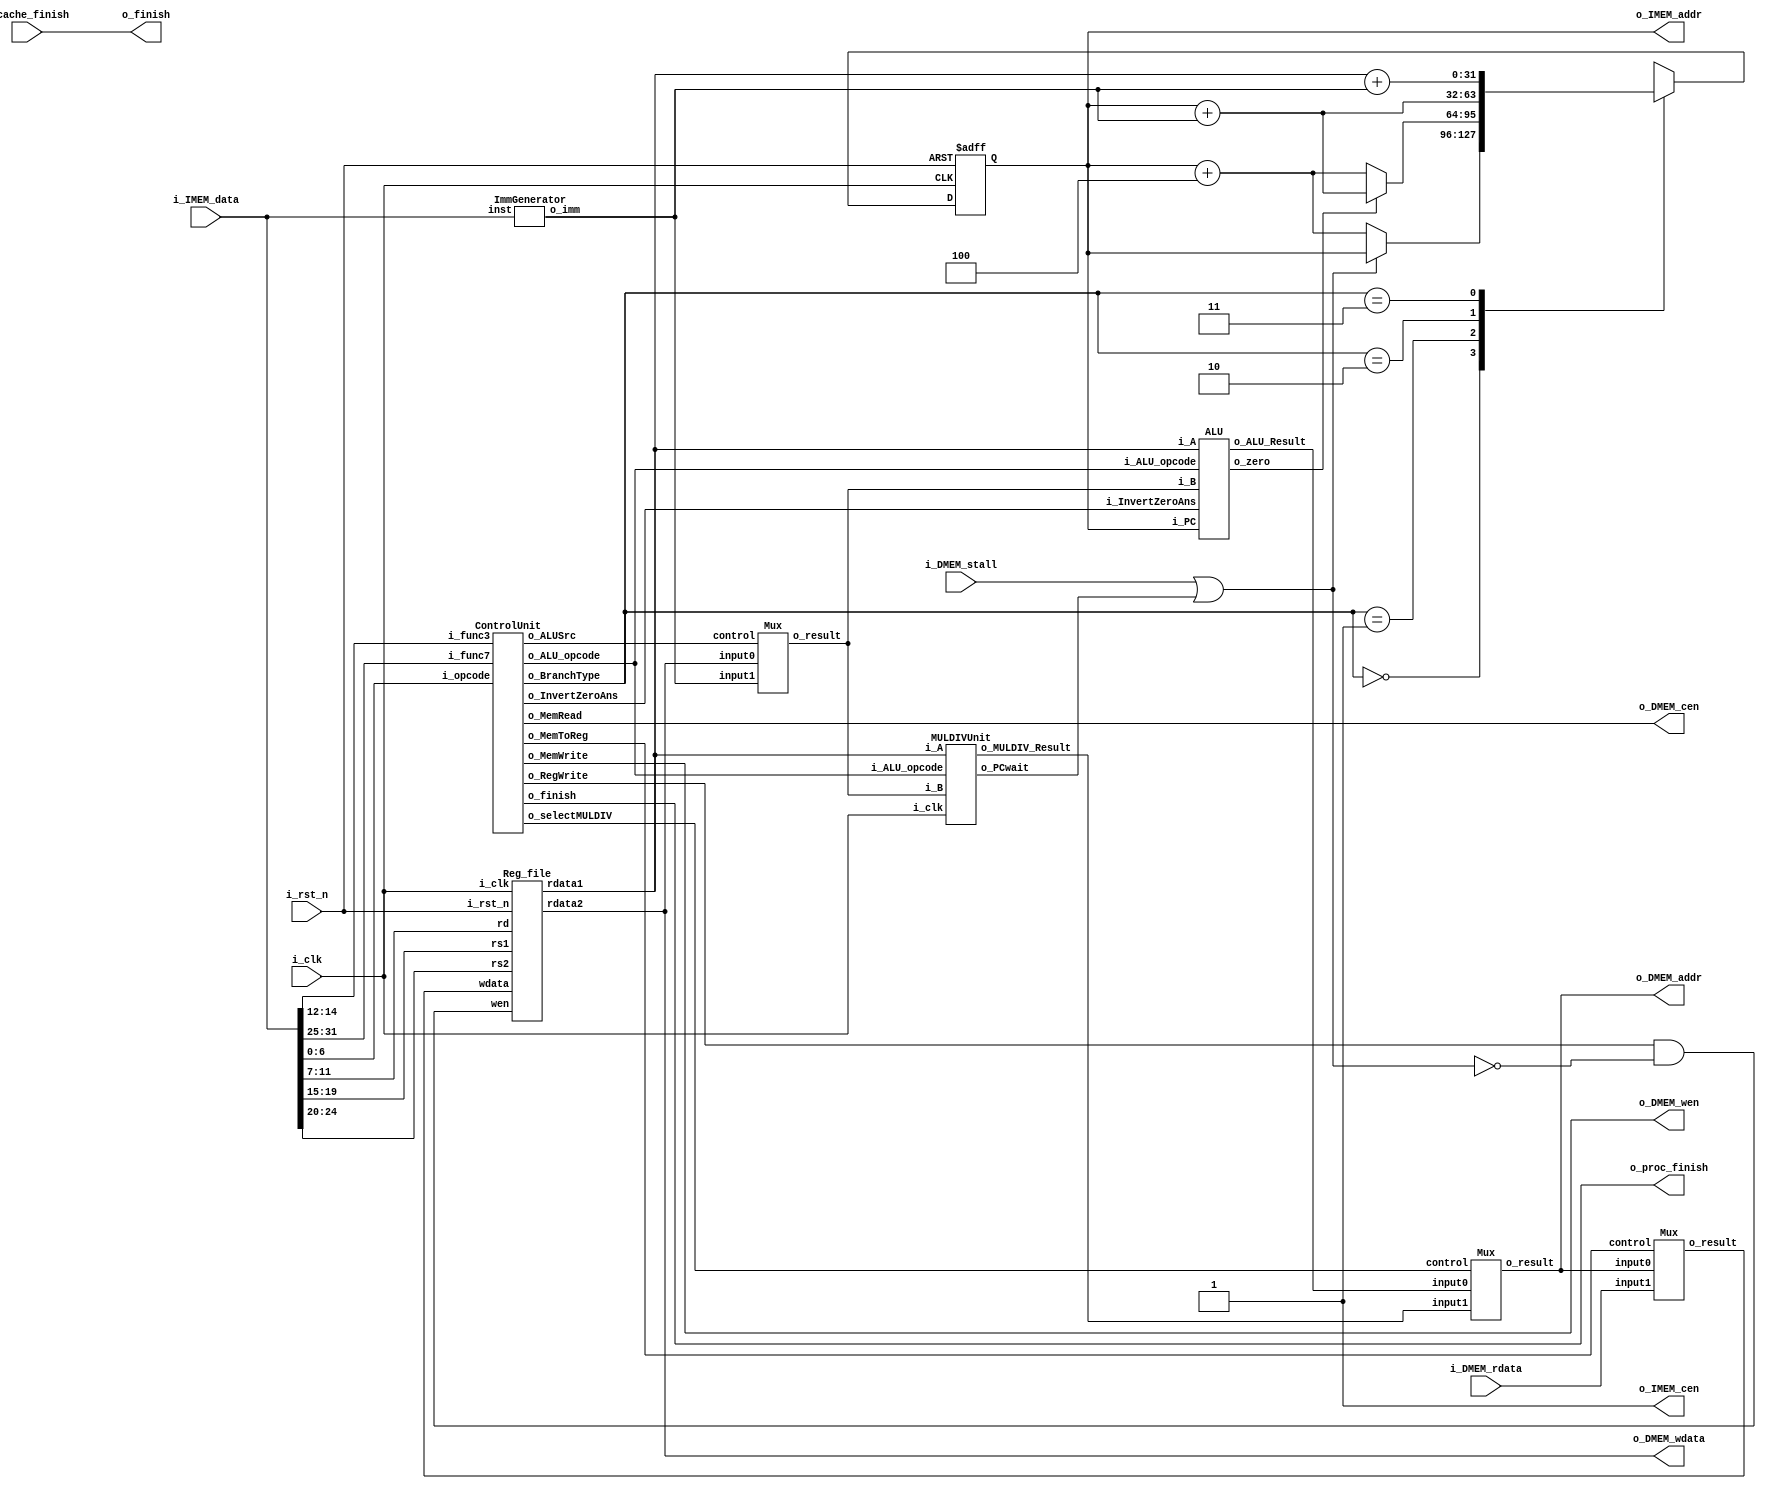
//----------------------------- DO NOT MODIFY THE I/O INTERFACE!! ------------------------------//
module CHIP #(                                                                                  //
    parameter BIT_W = 32                                                                        //
)(                                                                                              //
    // clock                                                                                    //
        input               i_clk,                                                              //
        input               i_rst_n,                                                            //
    // instruction memory                                                                       //
        input  [BIT_W-1:0]  i_IMEM_data,                                                        //
        output [BIT_W-1:0]  o_IMEM_addr,                                                        //
        output              o_IMEM_cen,                                                         //
    // data memory                                                                              //
        input               i_DMEM_stall,                                                       //
        input  [BIT_W-1:0]  i_DMEM_rdata,      //data memoy read                                //
        output              o_DMEM_cen,                                                         //
        output              o_DMEM_wen,                                                         //
        output [BIT_W-1:0]  o_DMEM_addr,                                                        //
        output [BIT_W-1:0]  o_DMEM_wdata,                                                       //
    // finnish procedure                                                                        //
        output              o_finish,                                                           //
    // cache                                                                                    //
        input               i_cache_finish,                                                     //
        output              o_proc_finish                                                       //
);                                                                                              //
//----------------------------- DO NOT MODIFY THE I/O INTERFACE!! ------------------------------//

// ------------------------------------------------------------------------------------------------------------------------------------------------------
// Parameters
// ------------------------------------------------------------------------------------------------------------------------------------------------------

    // TODO: any declaration
    //FSM that tell PC to stop
    parameter S_single_cycle= 2'd0;     //  1 cycle
    parameter S_write_mem = 2'd1;       //  5 cycles
    parameter S_read_mem = 2'd2;        //  9 cycles
    parameter S_mul = 2'd3;             // 32 cycles

// ------------------------------------------------------------------------------------------------------------------------------------------------------
// Wires and Registers
// ------------------------------------------------------------------------------------------------------------------------------------------------------
    
    // TODO: any declaration
    // PC
    reg [BIT_W-1:0] PC, PC_nxt;
    reg PCcontrol;

    wire mem_cen, mem_wen;
    wire [BIT_W-1:0] mem_addr, memwdata, memrdata;
    wire mem_stall;
    wire MemRead, MemWrite;
    wire [1:0] BranchType;
    wire MemToReg, ALUSrc;
    wire [3:0] ALU_opcode;

    // ALU inputs
    wire [31:0] rs1Data, rs2Data;
    wire [31:0] imm;
    wire [31:0] aluIn2;

    // ALU and MULDIV
    wire zero;
    wire InvertZeroAns;
    wire [31:0] ALU_Result;
    wire [BIT_W-1:0] MULDIV_Result;
    wire [BIT_W-1:0] result;
    wire selectMULDIV ;
    
    wire [31:0] wdata;
    wire RegWrite;
    

// ------------------------------------------------------------------------------------------------------------------------------------------------------
// Continuous Assignment
// ------------------------------------------------------------------------------------------------------------------------------------------------------

    // TODO: any wire assignment
    assign o_IMEM_addr = PC;
    assign o_IMEM_cen = 1;

// ------------------------------------------------------------------------------------------------------------------------------------------------------
// Submoddules
// ------------------------------------------------------------------------------------------------------------------------------------------------------

    // TODO: Reg_file wire connection
    Reg_file regFile(               
        .i_clk  (i_clk),             
        .i_rst_n(i_rst_n),         
        .wen    (RegWrite & ~PCcontrol),          
        .rs1    (i_IMEM_data[19:15]),                
        .rs2    (i_IMEM_data[24:20]),                 
        .rd     (i_IMEM_data[11:7]),                 
        .wdata  (wdata),             
        .rdata1 (rs1Data),           
        .rdata2 (rs2Data)
    );
    assign o_DMEM_wdata = rs2Data;

    // Imm Gen
    ImmGenerator immGen(
        .inst (i_IMEM_data[31:0]),
        .o_imm(imm[31:0])
    );

    // ALU input Mux
    Mux aluInputMux(
        .input0(rs2Data),
        .input1(imm),
        .control(ALUSrc),
        .o_result(aluIn2)
    );

    // Control Unit
    ControlUnit controlUnit(
        .i_opcode(i_IMEM_data[6:0]),
        .i_func7(i_IMEM_data[31:25]),
        .i_func3(i_IMEM_data[14:12]),
        .o_BranchType(BranchType),
        .o_InvertZeroAns(InvertZeroAns),
        .o_MemRead(MemRead),
        .o_MemToReg(MemToReg),
        .o_ALU_opcode(ALU_opcode),
        .o_selectMULDIV(selectMULDIV ),
        .o_MemWrite(MemWrite),
        .o_ALUSrc(ALUSrc),
        .o_RegWrite(RegWrite),
        .o_finish(o_proc_finish)
    );
    assign o_DMEM_cen = MemRead;
    assign o_DMEM_wen = MemWrite;
    assign o_finish = i_cache_finish;

    // ALU
    ALU alu(
        .i_PC(PC),
        .i_ALU_opcode(ALU_opcode),
        .i_A(rs1Data),
        .i_B(aluIn2),
        .i_InvertZeroAns(InvertZeroAns),
        .o_ALU_Result(ALU_Result),
        .o_zero(zero)
    );

    // MULDIV Unit
    MULDIVUnit mulDivUnit(
        .i_clk(i_clk),
        .i_ALU_opcode(ALU_opcode),
        .i_A(rs1Data),
        .i_B(aluIn2),
        .o_MULDIV_Result(MULDIV_Result),
        .o_PCwait(PCwait)
    );

    // Result Mux
    Mux resultMux(
        .input0(ALU_Result),
        .input1(MULDIV_Result),
        .control(selectMULDIV ),
        .o_result(result)
    );
    assign o_DMEM_addr = result;

    // WB Mux
    Mux wbMux(
        .input0(result),
        .input1(i_DMEM_rdata),
        .control(MemToReg),
        .o_result(wdata)
    );

// ------------------------------------------------------------------------------------------------------------------------------------------------------
// Always Blocks
// ------------------------------------------------------------------------------------------------------------------------------------------------------
    
    // Todo: any combinational/sequential circuit

    // PC control
    always @(*) begin
        PCcontrol = i_DMEM_stall | PCwait;
        case(BranchType)
            2'd0 : PC_nxt = PCcontrol ? PC : (PC + 4);      // no branch
            2'd1 : PC_nxt = zero ? (PC + imm) : (PC + 4);   // B-type
            2'd2 : PC_nxt = PC + imm;                       // Jal
            2'd3 : PC_nxt = rs1Data + imm;                  // Jalr
        endcase
    end

    // next PC
    always @(posedge i_clk or negedge i_rst_n) begin
        if (!i_rst_n)   PC <= 32'h00010000; // Do not modify this value!!!
        else            PC <= PC_nxt;
        // $display("PC           = %h", PC);
        // $display("i_IMEM[6:0]  = %d", i_IMEM_data[6:0]);

        // $display("rst_n        = %d", i_rst_n);
        // $display("RegWrite     = %b", RegWrite);
        // $display("~PCcontrol   = %b", ~PCcontrol);
        
        // $display("i_IMEM_data  = %d", i_IMEM_data[19:15]);

        // $display("rs1Data      = %d", rs1Data);
        // $display("aluIn2       = %d", aluIn2);
        // $display("ALUopcode    = %d", ALU_opcode);
        // $display("ALUResult    = %d", ALU_Result);

        // $display("result       = %d", result);
        // $display("i_DMEM_rdata = %h", i_DMEM_rdata);
        // $display("wbCTRL       = %b", MemToReg);
        // $display("write_data   = %d", wdata);
        
        // $display("i_IMEM_data  = %h", i_IMEM_data);
        // $display("\n");
    end
endmodule

module Reg_file(i_clk, i_rst_n, wen, rs1, rs2, rd, wdata, rdata1, rdata2);
   
    parameter BITS = 32;
    parameter word_depth = 32;
    parameter addr_width = 5; // 2^addr_width >= word_depth
    
    input i_clk, i_rst_n, wen; // wen: 0:read | 1:write
    input [BITS-1:0] wdata;
    input [addr_width-1:0] rs1, rs2, rd;

    output [BITS-1:0] rdata1, rdata2;

    reg [BITS-1:0] mem [0:word_depth-1];
    reg [BITS-1:0] mem_nxt [0:word_depth-1];

    integer i;

    assign rdata1 = mem[rs1];
    assign rdata2 = mem[rs2];

    always @(*) begin
        for (i=0; i<word_depth; i=i+1)
            mem_nxt[i] = (wen && (rd == i)) ? wdata : mem[i];
    end

    always @(posedge i_clk or negedge i_rst_n) begin
        if (!i_rst_n) begin
            mem[0] <= 0;
            for (i=1; i<word_depth; i=i+1) begin
                case(i)
                    32'd2: mem[i] <= 32'hbffffff0;
                    32'd3: mem[i] <= 32'h10008000;
                    default: mem[i] <= 32'h0;
                endcase
            end
        end
        else begin
            mem[0] <= 0;
            for (i=1; i<word_depth; i=i+1)
                mem[i] <= mem_nxt[i];
        end       
    end
endmodule

module ControlUnit #(
        parameter BIT_W  = 32,
        parameter INST_W = 7,
        parameter R_type = 7'b0110011,
        parameter I_type = 7'b0010011,
        parameter S_type = 7'b0100011,
        parameter B_type = 7'b1100011,
        parameter U_type = 7'b0010111,
        parameter Load   = 7'b0000011,
        parameter Jal    = 7'b1101111,
        parameter Jalr   = 7'b1100111,
        parameter Ecall  = 7'b1110011
    )(
        input [INST_W-1:0] i_opcode,
        input [6:0] i_func7,
        input [2:0] i_func3,
        output [1:0] o_BranchType,  // 1: BType, 2: Jal, 3: Jalr
        output o_InvertZeroAns,     // InvertZeroAns : beq = 0, bne = 1; blt = 0, bge = 1; ALU only support beq and blt
        output o_MemRead,           // To Data Memory
        output o_MemToReg,          // To WB Mux
        output [3:0] o_ALU_opcode,  // To ALU Control Unit
        output o_selectMULDIV,      // To MULDIV Unit
        output o_MemWrite,          // To Data Memory
        output o_ALUSrc,            // To Rs2 and Imm selection Mux
        output o_RegWrite,          // To Registers
        output o_finish             // Program Finish
    );
    // regs declaration and assign to outputs
        reg [1:0] BranchType;
        assign o_BranchType = BranchType;

        reg InvertZeroAns;
        assign o_InvertZeroAns = InvertZeroAns;

        reg MemRead;
        assign o_MemRead = MemRead;

        reg MemToReg;
        assign o_MemToReg = MemToReg;

        reg [3:0] ALU_opcode;
        assign o_ALU_opcode = ALU_opcode;

        reg selectMULDIV ;
        assign o_selectMULDIV = selectMULDIV ;

        reg MemWrite;
        assign o_MemWrite = MemWrite;

        reg ALUSrc;
        assign o_ALUSrc = ALUSrc;

        reg RegWrite;
        assign o_RegWrite = RegWrite;

        reg finish;
        assign o_finish = finish;

    always @(*) begin
        case(i_opcode)
            R_type  : begin
                BranchType      = 2'd0;
                InvertZeroAns   = 1'b0;
                MemRead         = 1'b0; 
                MemToReg        = 1'b0;
                case(i_func7)
                    7'b0000000 : begin
                        case(i_func3)
                            3'b000 : ALU_opcode = 4'd0;  // add
                            3'b111 : ALU_opcode = 4'd2;  // and 
                            3'b110 : ALU_opcode = 4'd3;  // or
                            3'b100 : ALU_opcode = 4'd8;  // xor
                            default: ALU_opcode = 4'd15; // ALU does nothing
                        endcase
                    end
                    7'b0100000 : begin
                        case(i_func3)
                            3'b000 : ALU_opcode = 4'd1;  // sub
                            default: ALU_opcode = 4'd15; // ALU does nothing
                        endcase
                    end
                    7'b0000001 : begin
                        case (i_func3)
                            3'b000 :  ALU_opcode = 4'd6; // mul
                            3'b100 :  ALU_opcode = 4'd7; // div
                            default: ALU_opcode = 4'd15; // ALU does nothing
                        endcase
                    end
                    default : ALU_opcode = 4'd15;        // ALU does nothing
                endcase
                case(i_func7)
                    7'b0000001 : selectMULDIV  = 1'b1;   // mul or div
                    default    : selectMULDIV  = 1'b0;   // MULDIV unit does nothing
                endcase
                MemWrite        = 1'b0;
                ALUSrc          = 1'b0;
                RegWrite        = 1'b1;
                finish          = 1'b0;
            end
            I_type  : begin
                BranchType      = 2'd0;
                InvertZeroAns   = 1'b0;
                MemRead         = 1'b0; 
                MemToReg        = 1'b0;
                case(i_func3)
                    3'b000  : ALU_opcode = 4'd0;                // addi => add
                    3'b010  : ALU_opcode = 4'd4;                // slti => slt
                    3'b101  : begin
                        case(i_func7)
                            7'b0100000 : ALU_opcode = 4'd5;     // srai => sra
                            default    : ALU_opcode = 4'd15;    // ALU does nothing
                        endcase
                    end
                    3'b001  : begin
                        case(i_func7)
                            7'b0000000 : ALU_opcode = 4'd9;     // slli => ALU sll
                            default    : ALU_opcode = 4'd15;    // ALU does nothing
                        endcase
                    end
                    default : ALU_opcode = 4'd15;               // ALU does nothing
                endcase
                selectMULDIV    = 1'b0;
                MemWrite        = 1'b0;
                ALUSrc          = 1'b1;
                RegWrite        = 1'b1;
                finish          = 1'b0;
            end
            S_type  : begin
                BranchType      = 2'd0;
                InvertZeroAns   = 1'b0;
                MemRead         = 1'b1; 
                MemToReg        = 1'b0;
                case(i_func3)
                    3'b010  : ALU_opcode = 4'd0;  // add
                    default : ALU_opcode = 4'd15; // ALU does nothing
                endcase
                selectMULDIV    = 1'b0;
                MemWrite        = 1'b1;
                ALUSrc          = 1'b1;
                RegWrite        = 1'b0;
                finish          = 1'b0;
            end
            B_type  : begin
                BranchType      = 2'd1;
                case(i_func3)
                    3'b000  : InvertZeroAns = 1'b0; // beq (ALU support sub, if subAns==0, then it is equal)
                    3'b001  : InvertZeroAns = 1'b1; // bne (ALU does not support, invert the answer of beq)
                    3'b100  : InvertZeroAns = 1'b0; // blt (ALU support slt, if sltAns==1, then it is equal)
                    3'b101  : InvertZeroAns = 1'b1; // bge (ALU does not support, invert the answer of blt)
                    default : InvertZeroAns = 1'b0;
                endcase
                MemRead         = 1'b0; 
                MemToReg        = 1'b0;
                case(i_func3)
                    3'b000  : ALU_opcode = 4'd1;  // sub
                    3'b001  : ALU_opcode = 4'd1;  // sub
                    3'b100  : ALU_opcode = 4'd4;  // slt
                    3'b101  : ALU_opcode = 4'd4;  // slt
                    default : ALU_opcode = 4'd15; // ALU does nothing
                endcase
                selectMULDIV    = 1'b0;
                MemWrite        = 1'b0;
                ALUSrc          = 1'b0;
                RegWrite        = 1'b0;
                finish          = 1'b0;
            end
            Load    : begin
                BranchType      = 2'd0;
                InvertZeroAns   = 1'b0;
                MemRead         = 1'b1; 
                MemToReg        = 1'b1;
                case(i_func3)
                    3'b010  : ALU_opcode = 4'd0;  // add
                    default : ALU_opcode = 4'd15; // ALU does nothing
                endcase
                selectMULDIV    = 1'b0;
                MemWrite        = 1'b0;
                ALUSrc          = 1'b1;
                RegWrite        = 1'b1;
                finish          = 1'b0;
            end
            U_type  : begin
                BranchType      = 2'd0;
                InvertZeroAns   = 1'b0;
                MemRead         = 1'b0; 
                MemToReg        = 1'b0;
                ALU_opcode      = 4'd10;
                selectMULDIV    = 1'b0;
                MemWrite        = 1'b0;
                ALUSrc          = 1'b1;
                RegWrite        = 1'b1;
                finish          = 1'b0;
            end
            Jal     : begin
                BranchType      = 2'd2;
                InvertZeroAns   = 1'b0;
                MemRead         = 1'b0; 
                MemToReg        = 1'b0;
                ALU_opcode      = 4'd11;
                selectMULDIV    = 1'b0;
                MemWrite        = 1'b0;
                ALUSrc          = 1'b1;
                RegWrite        = 1'b1;
                finish          = 1'b0;
            end
            Jalr    : begin
                BranchType      = 2'd3;
                InvertZeroAns   = 1'b0;
                MemRead         = 1'b0; 
                MemToReg        = 1'b0;
                ALU_opcode      = 4'd12;
                selectMULDIV    = 1'b0;
                MemWrite        = 1'b0;
                ALUSrc          = 1'b1;
                RegWrite        = 1'b1;
                finish          = 1'b0;
            end
            Ecall   : begin
                BranchType      = 2'd0;
                InvertZeroAns   = 1'b0;
                MemRead         = 1'b0; 
                MemToReg        = 1'b0;
                ALU_opcode      = 4'd13; // ALU stops
                selectMULDIV    = 1'b0;
                MemWrite        = 1'b0;
                ALUSrc          = 1'b0;
                RegWrite        = 1'b0;
                finish          = 1'b1;
            end
            default : begin
                BranchType      = 2'd0;
                InvertZeroAns   = 1'b0;
                MemRead         = 1'b0; 
                MemToReg        = 1'b0;
                ALU_opcode      = 4'd15; // ALU does nothing
                selectMULDIV    = 1'b0;
                MemWrite        = 1'b0;
                ALUSrc          = 1'b0;
                RegWrite        = 1'b0;
                finish          = 1'b0;
            end
        endcase
    end
endmodule

module ALU #(
        parameter ADD    = 4'd0,
        parameter SUB    = 4'd1,
        parameter AND    = 4'd2,
        parameter OR     = 4'd3,
        parameter SLT    = 4'd4,
        parameter SRA    = 4'd5,
        parameter XOR    = 4'd8,
        parameter SLL    = 4'd9,
        parameter AUIPC  = 4'd10,
        parameter JAL    = 4'd11,
        parameter JALR   = 4'd12,
        parameter ECALL  = 4'd13,
        parameter DATA_W = 32
    )(
        input [DATA_W-1:0] i_PC,            // PC
        input [3:0] i_ALU_opcode,           // ALU opcode from Control unit
        input [DATA_W-1:0] i_A,             // input data A
        input [DATA_W-1:0] i_B,             // input data B
        input i_InvertZeroAns,              // InvertZeroAns : beq = 0, bne = 1; blt = 0, bge = 1; ALU only support beq and blt
        output [DATA_W-1:0] o_ALU_Result,   // output ALU result
        output o_zero                       // zero to pc control (branch)
    );

    // input and output handling
        reg [DATA_W-1:0] PC;
        reg [3:0] ALU_opcode;
        reg [DATA_W-1:0] operand_a;
        reg [DATA_W-1:0] operand_b;
        reg InvertZeroAns;
        
        always @(*) begin
            PC = i_PC;
            ALU_opcode = i_ALU_opcode;
            operand_a = i_A;
            operand_b = i_B;
            InvertZeroAns = i_InvertZeroAns;
        end

        reg [DATA_W-1:0] result;
        assign o_ALU_Result = result;

        reg zero;
        assign o_zero = zero;

        reg [DATA_W-1:0] temp;

    always @(*) begin
        temp = 0;
        case(ALU_opcode)
            ADD     : begin
                zero = 0;
                result = operand_a + operand_b;
            end
            SUB     : begin
                result = operand_a - operand_b;
                zero = InvertZeroAns ? (result[DATA_W-1:0] != 0) : (result[DATA_W-1:0] == 0);
            end
            AND     : begin
                zero = 0;
                result = operand_a & operand_b;
            end
            OR      : begin
                zero = 0;
                result = operand_a | operand_b;
            end
            SLT     : begin
                temp[DATA_W-1:0] = operand_a[DATA_W-1:0] - operand_b[DATA_W-1:0];
                result = temp[DATA_W-1];
                zero = InvertZeroAns ? (!result[0]) : (result[0]);
            end
            SRA     : begin
                zero = 0;
                result = $signed(operand_a) >>> operand_b;
            end
            XOR     : begin
                zero = 0;
                result = operand_a ^ operand_b;
            end
            SLL     : begin
                zero = 0;
                result = operand_a << operand_b;
            end
            AUIPC   : begin
                zero = 0;
                result = PC + operand_b;
            end
            JAL     : begin
                zero = 0;
                result = PC + 4;
            end
            JALR    : begin
                zero = 0;
                result = PC + 4;
            end
            ECALL   : begin
                zero = 0;
                result = 0;
            end
            default : begin
                zero = 0;
                result = 0;
            end
        endcase
    end  
endmodule

module ImmGenerator#(
        parameter BIT_W  = 32,
        parameter R_type = 7'b0110011,
        parameter I_type = 7'b0010011,
        parameter S_type = 7'b0100011,
        parameter B_type = 7'b1100011,
        parameter Load   = 7'b0000011,
        parameter U_type = 7'b0010111,
        parameter Jal    = 7'b1101111,
        parameter Jalr   = 7'b1100111,
        parameter Ecall  = 7'b1110011
    )(
        input  [31:0]  inst,
        output [31:0]  o_imm
    );
    reg [31:0] imm;
    assign o_imm = imm;

    always@(*)begin
        imm[31:0] = 0;
        case(inst[6:0])
            I_type  : begin
                case (inst[14:12])
                    3'b001  : begin
                        imm[4:0] = inst[24:20];
                        if(inst[24])    imm[31:5] = 27'b111_1111_1111_1111_1111_1111_1111;
                        else            imm[31:5] = 0;
                    end 
                    3'b101  : begin
                        imm[4:0] = inst[24:20];
                        if(inst[24])    imm[31:5] = 27'b111_1111_1111_1111_1111_1111_1111;
                        else            imm[31:5] = 0;
                    end
                    default : begin
                        imm[11:0] = inst[31:20];
                        if(inst[31])    imm[31:12] = 20'b1111_1111_1111_1111_1111;
                        else            imm[31:12] = 0;
                    end
                endcase
            end
            S_type  : begin
                imm[4:0] = inst[11:7];
                imm[11:5] = inst[31:25];
                if(inst[31])    imm[31:12] = 20'b1111_1111_1111_1111_1111;
                else            imm[31:12] = 0;
            end
            B_type  : begin
                imm[4:1] = inst[11:8];
                imm[11] = inst[7];
                imm[10:5] = inst[30:25];
                imm[12] = inst[31];
                if (inst[31])   imm[31:13] = 19'b111_1111_1111_1111_1111;
                else            imm[31:13] = 0;
            end
            U_type  : begin
                imm[31:12] = inst[31:12];
                imm[11:0] = 0;
            end
            Jal     : begin
                imm[0] = 0;
                imm[20] = inst[31];
                imm[10:1] = inst[30:21];
                imm[11] = inst[20];
                imm[19:12] = inst[19:12];
                if (inst[31])   imm[31:21] = 11'b111_1111_1111;
                else            imm[31:21] = 0;
            end
            Jalr    : begin
                imm[11:0 ] = inst[31:20];
                if (inst[31])   imm[31:12] = 20'b1111_1111_1111_1111_1111;
                else            imm[31:12] = 0;
            end
            Load    : begin
                imm[11:0] = inst[31:20];
                if(inst[31])    imm[31:12] = 20'b1111_1111_1111_1111_1111;
                else            imm[31:12] = 0;
            end
            Ecall   : imm[31:0] = 0;
            default : imm[31:0] = 0;
        endcase
    end
endmodule

module Mux(
    input [31:0] input0,
    input [31:0] input1,
    input control,
    output [31:0] o_result
    );
    reg [31:0] result;
    assign o_result = result;

    always @(*) begin
        if(control)  result = input1;
        else         result = input0;
    end
endmodule

module MULDIVUnit#(
        parameter MUL    = 4'd6,
        parameter DIV    = 4'd7,
        parameter DATA_W = 32
    )(
    // TODO: port declaration
    input                       i_clk,          // clock
    input [         3 : 0]      i_ALU_opcode,   // instruction
    input [DATA_W - 1 : 0]      i_A,            // input operand A
    input [DATA_W - 1 : 0]      i_B,            // input operand B
    
    output [DATA_W - 1 : 0]   o_MULDIV_Result,  // output value
    output o_PCwait                             // told pc to wait
    );

    reg  [5:0] counter, counter_nxt;
    reg  [DATA_W-1: 0] operand_a, operand_a_nxt;
    reg  [DATA_W-1: 0] operand_b, operand_b_nxt;
    reg  [2*DATA_W-1: 0] out, out_nxt;
    reg  temp;
    reg  [DATA_W-1: 0] temp1,temp2;
    reg  muldiv_on;
    reg  stall;
    reg  PCwait;

    assign o_MULDIV_Result = out_nxt[DATA_W - 1 : 0];
    assign o_PCwait = PCwait;

    // calculation part
    always @(*) begin
        operand_a_nxt = i_A;
        operand_b_nxt = i_B;
        muldiv_on = (i_ALU_opcode == MUL) || (i_ALU_opcode == DIV);
        case(i_ALU_opcode)
            MUL : begin
                if (counter == 0) begin 
                    if(!i_A[0]) out_nxt = {33'b0, i_A[31:1]};
                    else        out_nxt = {1'b0, i_B[31:0], i_A[31:1]}; 
                end
                else begin
                    if (!out[0]) out_nxt = out >> 1;
                    else begin
                        out_nxt = out >> 1;
                        out_nxt[63:31] = operand_b + out[63:32];
                    end
                end
            end
            DIV : begin
                if (counter == 0) begin
                    if (i_A[31] >= i_B) out_nxt = {31'b0, i_A[30:0], 2'b01};
                    else                out_nxt = {30'b0, i_A, 2'b0};
                end
                else if (counter < 31) begin
                    if (out[63:32] >= operand_b) begin
                        {temp, out_nxt[63:33]} = out[63:32] - operand_b;
                        out_nxt[32:0] = {out[31:0], 1'b1};
                    end
                    else out_nxt = {out[62:0], 1'b0};
                end
                else begin
                    if (out[63:32] >= operand_b) begin
                        out_nxt[63:32] = out[63:32] - operand_b;
                        out_nxt[31:0] = {out[30:0], 1'b1};
                    end
                    else out_nxt = {out[63:32], out[30:0], 1'b0};
                end
            end
            default : out_nxt = 0;
        endcase
    end

    // counter part
    always @(*) begin
        if (counter < 31 && muldiv_on) begin
            counter_nxt = counter + 1;
            PCwait = 1;
        end
        else begin
            counter_nxt = 0;
            PCwait = 0;
        end
    end

    // sequential part
    always @(posedge i_clk) begin
        if (!muldiv_on) begin
            operand_a   <= 0;
            operand_b   <= 0;
            counter     <= 0;
            out         <= 0;
        end
        else begin
            operand_a   <= operand_a_nxt;
            operand_b   <= operand_b_nxt;
            counter     <= counter_nxt;
            out         <= out_nxt;
        end
    end
endmodule

module Cache#(
        parameter BIT_W = 32,
        parameter ADDR_W = 32
    )(
        input i_clk,
        input i_rst_n,
        // processor interface
            input i_proc_cen,
            input i_proc_wen,
            input [ADDR_W-1:0] i_proc_addr,
            input [BIT_W-1:0]  i_proc_wdata,
            output [BIT_W-1:0] o_proc_rdata,
            output o_proc_stall,
            input i_proc_finish,
            output o_cache_finish,
        // memory interface
            output o_mem_cen,
            output o_mem_wen,
            output [ADDR_W-1:0] o_mem_addr,
            output [BIT_W*4-1:0]  o_mem_wdata,
            input [BIT_W*4-1:0] i_mem_rdata,
            input i_mem_stall,
            output o_cache_available,
        //others
            input  [ADDR_W-1: 0] i_offset
    );

    // change this value to 1 if the cache is implemented
    // remember to change the finish signal output of the control unit
    assign o_cache_available = 1; 

    // //------------------------------------------//
    // //          default connection              //
    // assign o_mem_cen = i_proc_cen;              //
    // assign o_mem_wen = i_proc_wen;              //
    // assign o_mem_addr = i_proc_addr;            //
    // assign o_mem_wdata = i_proc_wdata;          //
    // assign o_proc_rdata = i_mem_rdata[0+:BIT_W];//
    // assign o_proc_stall = i_mem_stall;          //
    // //------------------------------------------//

    // Todo: BONUS
        // parameters:
            parameter S_IDLE       = 3'd0;
            parameter S_FIND       = 3'd1;
            parameter S_WB         = 3'd2;
            parameter S_ALLO       = 3'd3;
            parameter S_FINISH     = 3'd4;
            parameter block_number = 16;

        // regs
            reg [2:0] state, state_nxt;
            reg mem_cen, mem_wen;
            reg cen, cen_nxt;
            reg wen, wen_nxt;
            reg proc_stall;
            reg [4*BIT_W-1:0] data [0:block_number-1], data_nxt [0:block_number-1];
            reg [23:0] tag [0:block_number-1], tag_nxt[0:block_number-1];//i_addr[31:8]
            reg valid [0:block_number-1], valid_nxt[0:block_number-1];
            reg dirty [0:block_number-1], dirty_nxt[0:block_number-1];
            reg [3:0] index, index_nxt;
            reg [1:0] offset, offset_nxt;
            reg [3:0] counter;
            reg finish;
            reg hit;
            reg [ADDR_W-1:0] proc_addr, real_addr;

        //wire assignment
            assign o_mem_cen   = mem_cen;
            assign o_mem_wen   = mem_wen;
            assign o_mem_addr  = proc_addr + i_offset;
            assign o_mem_wdata = data[index];

            assign o_proc_stall   = proc_stall;
            assign o_proc_rdata   = data[index][ADDR_W*offset +: ADDR_W];
            assign o_cache_finish = finish;

            integer i;

        // 
            always @(*) begin
                real_addr = i_proc_addr - i_offset;
                if (state == S_FINISH) begin
                    index = counter;
                    offset = 0;
                    proc_addr = {tag[index], index, offset, 2'b00};
                end
                else if (state == S_WB) begin
                    index = real_addr[7:4];
                    offset = 0;
                    proc_addr = {tag[index], index, offset, 2'b00};
                end
                else begin 
                    proc_addr = real_addr;
                    index = proc_addr[7:4];
                    offset = proc_addr[3:2];
                end
                hit = (tag[index] == proc_addr[31:8]) & valid[index];
            end

        // state_nxt / state relations
            always @(*) begin
                case(state)
                    S_IDLE   : begin
                        finish = 0;
                        if(i_proc_finish)   state_nxt = S_FINISH;
                        else begin
                            if (i_proc_cen) state_nxt = S_FIND;
                            else            state_nxt = S_IDLE;
                        end
                    end
                    S_FIND   : begin
                        finish = 0;
                        if(hit) state_nxt = S_IDLE;
                        else begin
                            if (dirty[index])   state_nxt = S_WB;
                            else                state_nxt = S_ALLO;
                        end 
                    end
                    S_WB     : begin
                        finish = 0;
                        if(!i_mem_stall)    state_nxt = S_ALLO;
                        else                state_nxt = S_WB;
                    end
                    S_ALLO   : begin
                        finish = 0;
                        if(!i_mem_stall)    state_nxt = S_FIND;
                        else                state_nxt = S_ALLO;
                    end
                    S_FINISH : begin
                        //counter == block_number means all data is stored
                        if(counter == (block_number-1) && !i_mem_stall) begin 
                            finish = 1;
                            state_nxt = S_IDLE;
                        end
                        else begin
                            finish = 0;
                            state_nxt = S_FINISH;
                        end
                    end
                    default  : begin
                        finish = 0;
                        state_nxt = state;
                    end
                endcase
            end

        // each state data_nxt / data relations
            always @(*) begin
                // init to avoid latches
                for (i = 0; (i < block_number) ; i = i + 1) begin
                    dirty_nxt[i] = 0;
                    tag_nxt[i] = 0;
                    valid_nxt[i] = 0;
                    data_nxt[i] = 0;
                end

                case(state)
                    S_IDLE   : begin
                        dirty_nxt[index] = dirty[index];
                        mem_cen = 0;
                        mem_wen = 0;
                        proc_stall = i_proc_cen;
                        cen_nxt = i_proc_cen;
                        wen_nxt = i_proc_wen;
                        tag_nxt[index] = tag[index];
                        valid_nxt[index] = valid[index];
                        data_nxt[index] = data[index];
                    end
                    S_FIND   : begin
                        data_nxt[index] = data[index];
                        if (hit && wen) data_nxt[index][ADDR_W*offset +: ADDR_W] = i_proc_wdata;
                        dirty_nxt[index] = wen ? 1 : dirty[index];
                        mem_cen = 0;
                        mem_wen = 0;
                        proc_stall = !hit;
                        cen_nxt = cen;
                        wen_nxt = wen;
                        tag_nxt[index] = tag[index];
                        valid_nxt[index] = valid[index];
                    end
                    S_WB     : begin
                        data_nxt[index] = data[index];
                        dirty_nxt[index] = dirty[index];
                        mem_cen = 1;
                        mem_wen = 1;
                        proc_stall = 1;
                        cen_nxt = cen;
                        wen_nxt = wen;
                        tag_nxt[index] = tag[index];
                        valid_nxt[index] = valid[index];
                    end
                    S_ALLO   : begin
                        data_nxt[index] = i_mem_rdata;
                        dirty_nxt[index] = dirty[index];
                        mem_cen = 1;
                        mem_wen = 0;
                        proc_stall = 1;
                        cen_nxt = cen;
                        wen_nxt = wen;
                        tag_nxt[index] = proc_addr[31:8];
                        valid_nxt[index] = 1;
                    end
                    S_FINISH : begin
                        data_nxt[index] = data[index];
                        dirty_nxt[index] = 0;
                        mem_cen = dirty[index];
                        mem_wen = dirty[index];
                        proc_stall = 1;
                        cen_nxt = cen;
                        wen_nxt = wen;
                        tag_nxt[index] = tag[index];
                        valid_nxt[index] = valid[index];
                    end
                    default  : begin
                        data_nxt[index] = 0;
                        dirty_nxt[index] = dirty[index];
                        mem_cen = 0;
                        mem_wen = 0;
                        proc_stall = 0;
                        cen_nxt = 0;
                        wen_nxt = 0;
                        tag_nxt[index] = tag[index];
                        valid_nxt[index] = valid[index];
                    end
                endcase
            end

        // counter
            always @(posedge i_clk) begin
                if (state == S_FINISH) begin
                    if (!i_mem_stall)   counter <= counter + 1;
                    else                counter <= counter;
                end
                else counter <= 0;
            end

        // sequential part : update values
            always @(posedge i_clk or negedge i_rst_n) begin
                if (!i_rst_n) begin
                    state <= S_IDLE;
                    for (i = 0; i < block_number; i = i + 1) begin
                        data[i]  <= 0;
                        valid[i] <= 0;
                        tag[i]   <= 0;
                        dirty[i] <= 0;
                    end
                    cen <= 0;
                    wen <= 0; 
                end
                else begin
                    state <= state_nxt;
                    if (cen) begin
                        data[index]  <= data_nxt[index];
                        valid[index] <= valid_nxt[index];
                        tag[index]   <= tag_nxt[index];
                        dirty[index] <= dirty_nxt[index];
                    end
                    cen <= cen_nxt;
                    wen <= wen_nxt;
                end
            end
endmodule